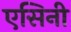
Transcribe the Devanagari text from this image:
एसिनी